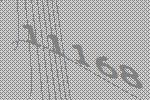
11168